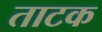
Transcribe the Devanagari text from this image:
ताटक